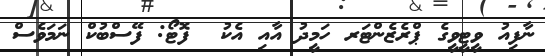
ނާފިއު ވީޓީވީގެ ޕްރެޒެންޓަރ ހަމީދު އާއި އެކު  ފޮޓޯ: ފޭސްބުކް ނަމަވެސް